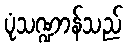
ပုံသဏ္ဍာန်သည်